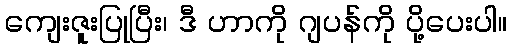
ကျေးဇူးပြုပြီး၊ ဒီ ဟာကို ဂျပန်ကို ပို့ပေးပါ။